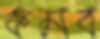
কমব